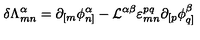
\delta { \Lambda } _ { m n } ^ { \alpha } = \partial _ { [ m } \phi _ { n ] } ^ { \alpha } - { \cal L } ^ { \alpha \beta } \varepsilon _ { m n } ^ { p q } \partial _ { [ p } \phi _ { q ] } ^ { \beta }